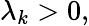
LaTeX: \lambda_{k}>0,